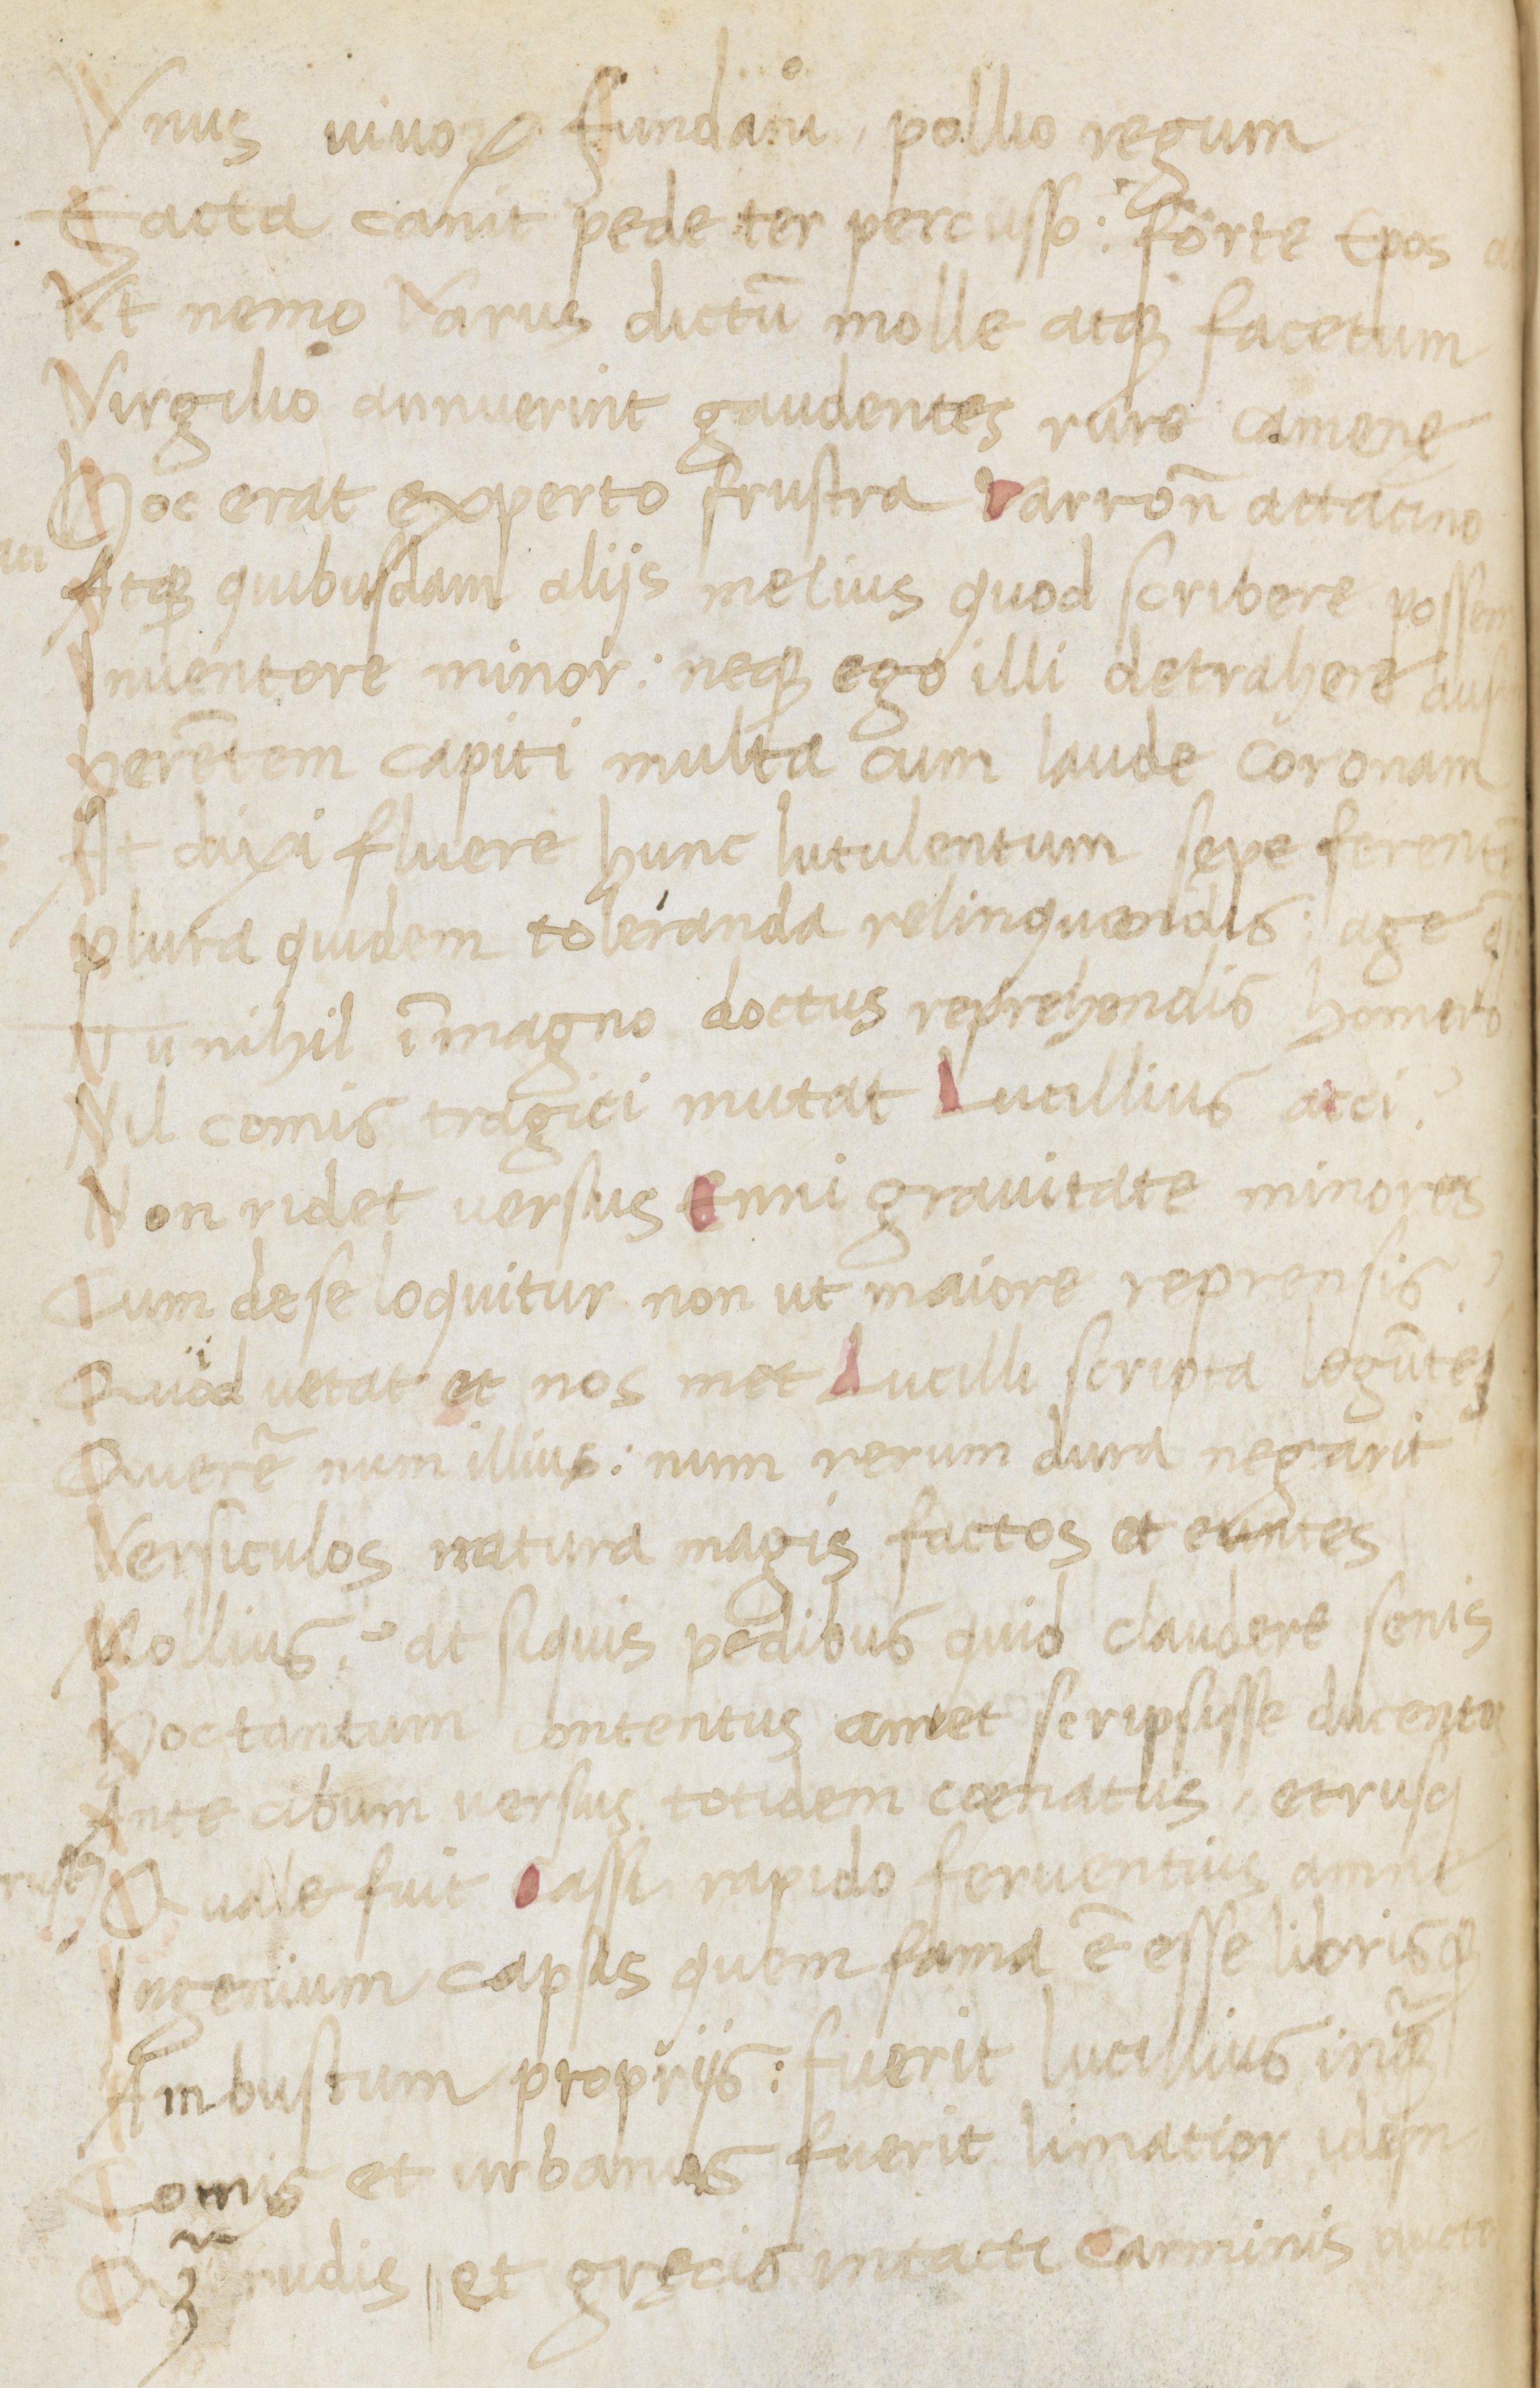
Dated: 1400–1499